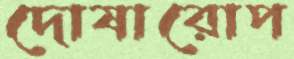
দোষারোপ